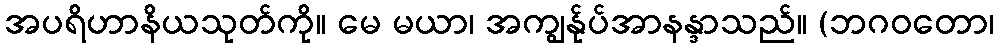
အပရိဟာနိယသုတ်ကို။ မေ မယာ၊ အကျွန်ုပ်အာနန္ဒာသည်။ (ဘဂဝတော၊